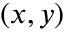
( x , y )